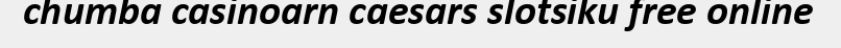
chumba casinoarn caesars slotsiku free online